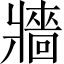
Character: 牆